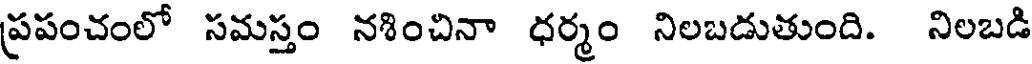
ప్రపంచంలో సమస్తం నశించినా ధర్మం నిలబడుతుంది. నిలబడి